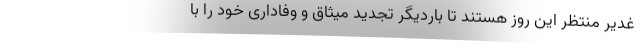
غدیر منتظر این روز هستند تا باردیگر تجدید میثاق و وفاداری خود را با